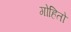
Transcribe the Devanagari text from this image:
गोहितो